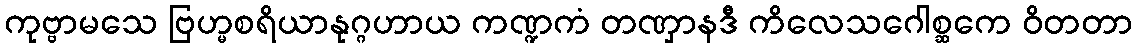
ကုဗ္ဗာမသေ ဗြဟ္မစရိယာနုဂ္ဂဟာယ ကဏ္ဍကံ တဏှာနဒီ ကိလေသဂေါစ္ဆကေ ဝိတတာ